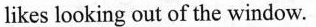
likes looking out of the window.